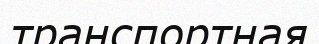
транспортная